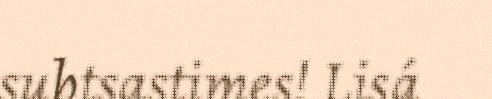
subtsastimes! Lisá